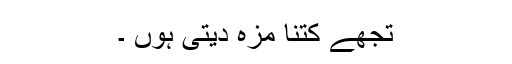
تجھے کتنا مزہ دیتی ہوں ۔